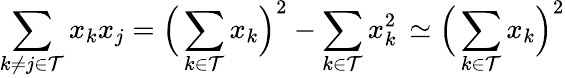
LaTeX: \sum_{k\neq j\in\mathcal{T}}x_{k}x_{j}=\Big(\sum_{k\in\mathcal{T}}x_{k}\Big)^{2}-\sum_{k\in\mathcal{T}}x_{k}^{2}\, \simeq\Big(\sum_{k\in\mathcal{T}}x_{k}\Big)^{2}